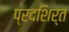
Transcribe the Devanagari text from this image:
प्रदशिर्त